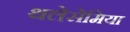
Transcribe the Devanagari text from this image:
थलेसेमिया